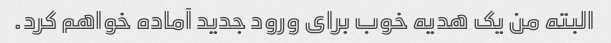
البته من یک هدیه خوب برای ورود جدید آماده خواهم کرد.